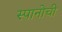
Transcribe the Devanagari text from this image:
स्पानोची